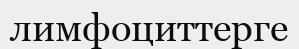
лимфоциттерге